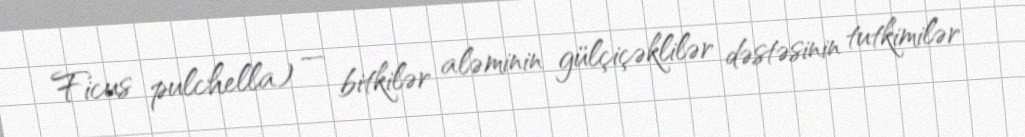
Ficus pulchella) — bitkilər aləminin gülçiçəklilər dəstəsinin tutkimilər